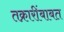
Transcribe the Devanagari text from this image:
तक्रारींबाबत